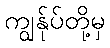
ကျွန်ုပ်တို့မှ